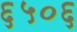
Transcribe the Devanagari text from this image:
६५०६